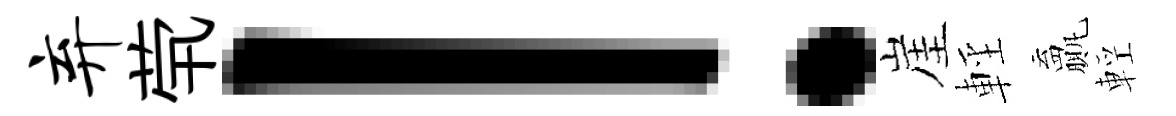
弃茕！崖輕贏輕